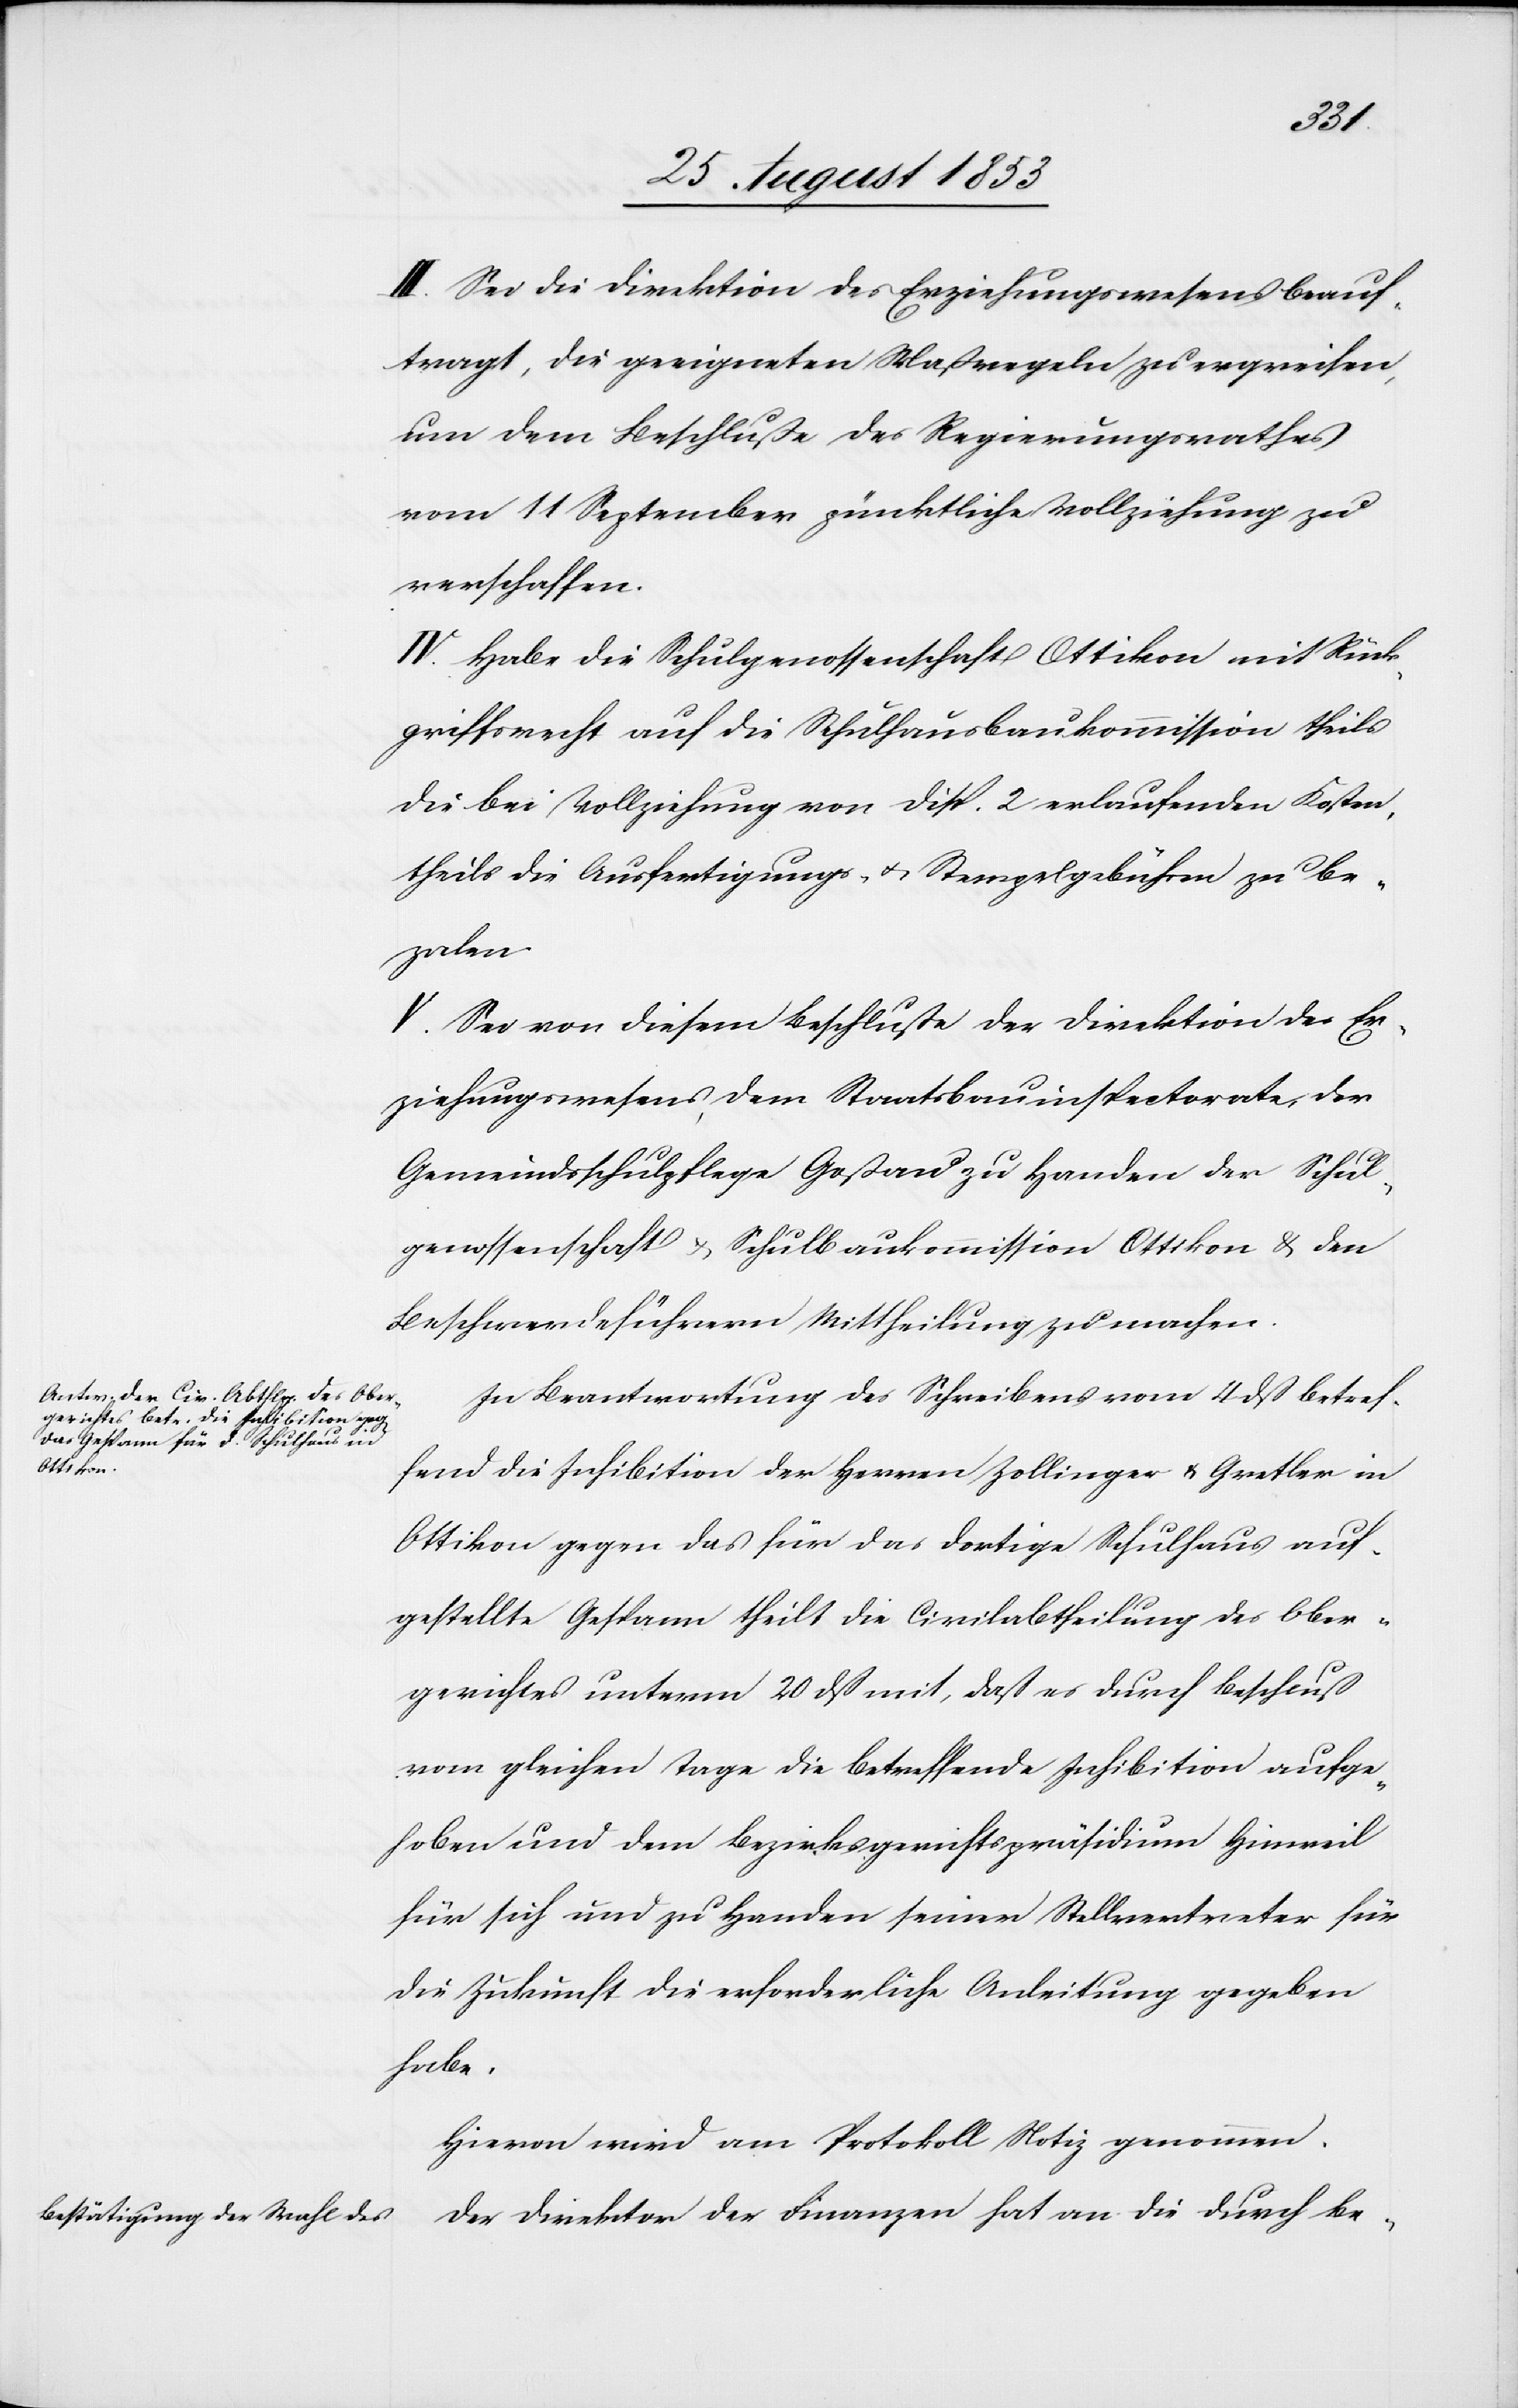
haus¬
III. Sei die Direktion des Erziehungswesens beauf¬
tragt, die geeigneten Maßregeln zu ergreifen,
um dem Beschluße des Regierungsrathes
vom 11 September pünktliche Vollziehung zu
verschaffen.
IV. Habe die Schulgenossenschaft Ottikon mit Rück¬
griffsrecht auf die Schulhausbaukommission theils
die bei Vollziehung von Disp. 2 erlaufenden Kosten,
theils die Ausfertigungs- u. Stempelgebühren zu be¬
zalen.
V. Sei von diesem Beschluße der Direktion des Er¬
ziehungswesens, dem Staatsbauinspektorate, der
Gemeindsschulpflege Goßau zu Handen der Schul¬
genossenschaft u. Schulbaukommission Ottikon u. den
Beschwerdeführern Mittheilung zu machen.
In Beantwortung des Schreibens vom 4 dß betref¬
fend die Inhibition der Herrn Zollinger u. Gretler in
Ottikon gegen das für das dortige Schulhaus auf¬
gestellte Gespann theilt die Civilabtheilung des Ober¬
gerichtes unterm 20 dß mit, daß es durch Beschluß
vom gleichen Tage die betreffende Inhibition aufge¬
hoben und dem Bezirksgerichtspräsidium Hinweil
für sich und zu Handen seiner Stellvertreter für
die Zukunft die erforderliche Anleitung gegeben
habe.
Hievon wird am Protokolle Notiz genommen.
Direktion der Finanzen hat an die durch Be-